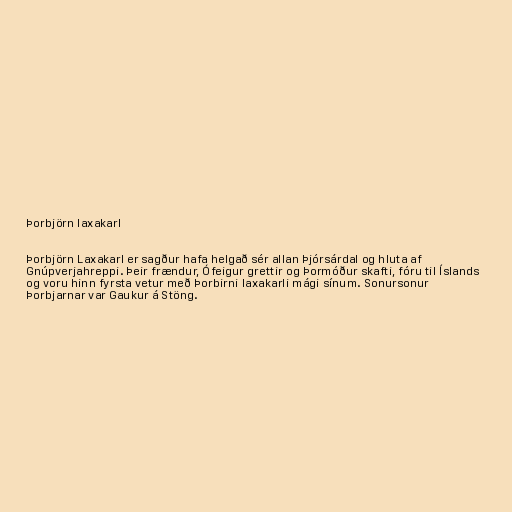
Þorbjörn laxakarl

Þorbjörn Laxakarl er sagður hafa helgað sér allan Þjórsárdal og hluta af
Gnúpverjahreppi. Þeir frændur, Ófeigur grettir og Þormóður skafti, fóru til Íslands
og voru hinn fyrsta vetur með Þorbirni laxakarli mági sínum. Sonursonur
Þorbjarnar var Gaukur á Stöng.